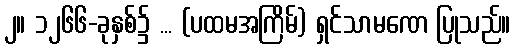
၂။ ၁၂၆၆-ခုနှစ်၌ ... (ပထမအကြိမ်) ရှင်သာမဏေ ပြုသည်။